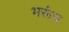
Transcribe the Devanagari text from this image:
भरूंच